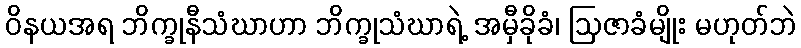
ဝိနယအရ ဘိက္ခုနီသံဃာဟာ ဘိက္ခုသံဃာရဲ့ အမှီခိုခံ၊ ဩဇာခံမျိုး မဟုတ်ဘဲ